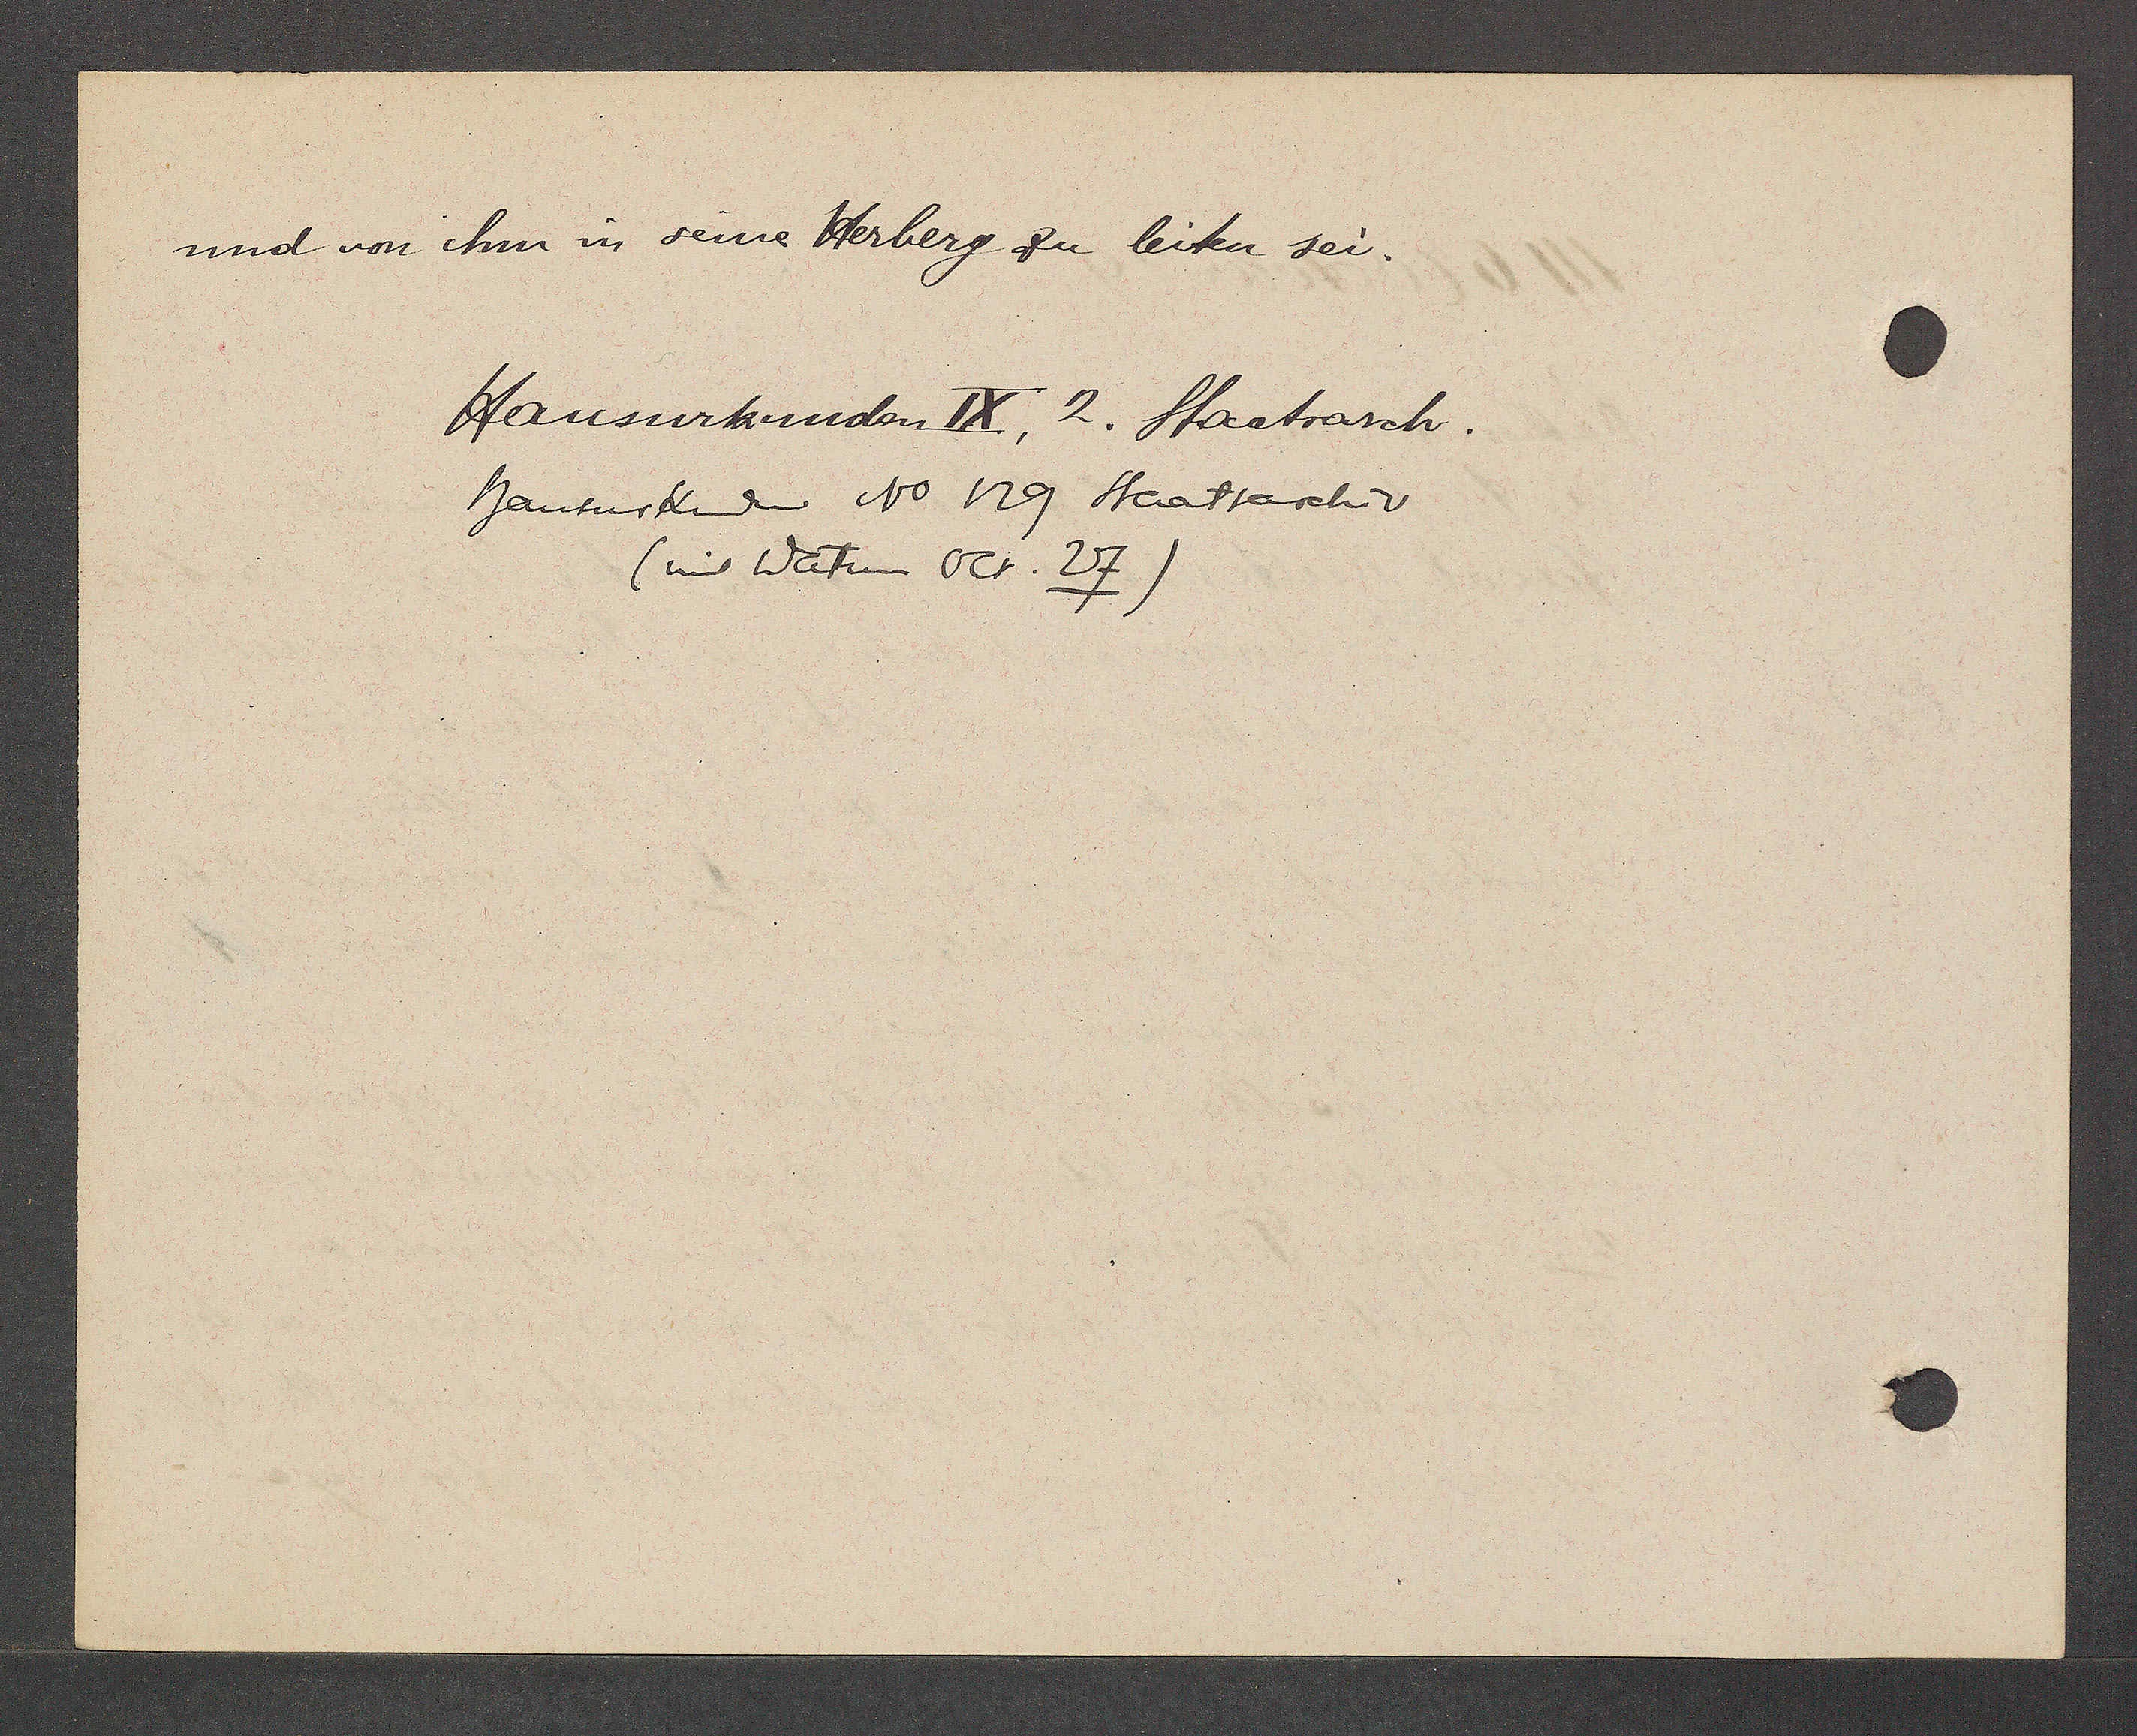
Transcript:
und von ihm in seine Herberg zu leiten sei.

Hausurkunden IX, 2. Staatsarch.
hausurkunden No 129 Staatsarchiv
(unt Datum Oct. 27)